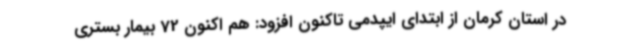
در استان کرمان از ابتدای ایپدمی تاکنون افزود: هم اکنون 72 بیمار بستری